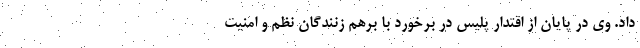
داد. وی در پایان از اقتدار پلیس در برخورد با برهم زنندگان نظم و امنیت